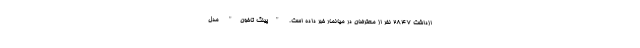
ازداشت 2847 نفر از معترضان در میانمار خبر داده است. "پینگ تاخون" مدل